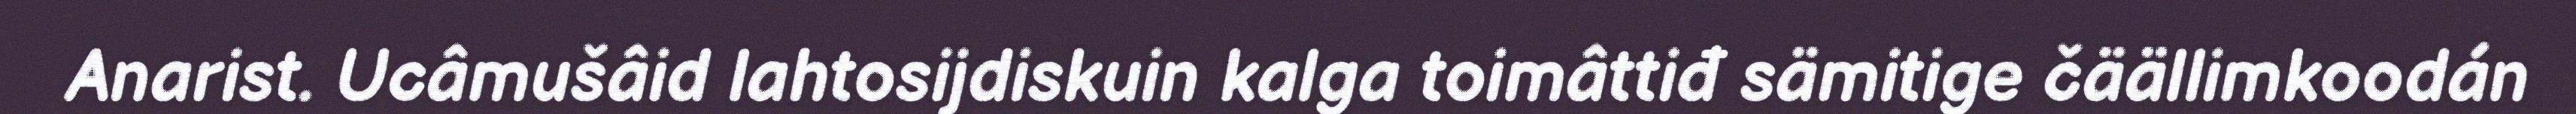
Anarist. Ucâmušâid lahtosijdiskuin kalga toimâttiđ sämitige čäällimkoodán